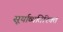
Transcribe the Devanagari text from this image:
सूर्याव्यतिरिक्त